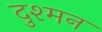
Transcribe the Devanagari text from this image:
दुश्‍मन